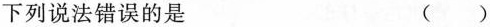
下列说法错误的是（）